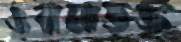
ওবামাভক্ত